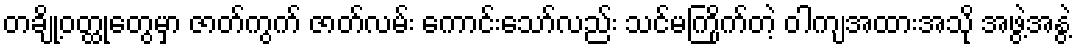
တချို့ဝတ္ထုတွေမှာ ဇာတ်ကွက် ဇာတ်လမ်း ကောင်းသော်လည်း သင်မကြိုက်တဲ့ ဝါကျအထားအသို အဖွဲ့အနွဲ့